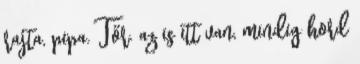
rajta, pipa. Tőr. az is itt van, mindig hord